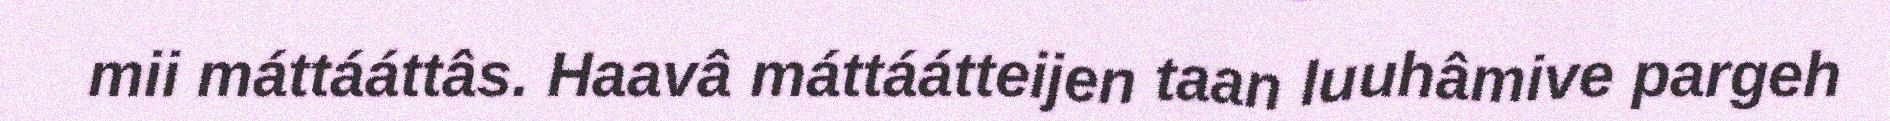
mii máttááttâs. Haavâ máttáátteijen taan luuhâmive pargeh